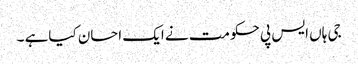
جی ہاں ایس پی حکومت نے ایک احسان کیاہے ۔